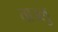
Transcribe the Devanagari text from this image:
ताउलु